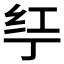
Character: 𱺗